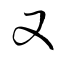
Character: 又